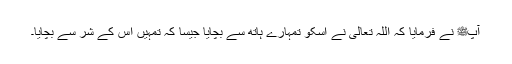
آپﷺ نے فرمایا کہ اللہ تعالیٰ نے اسکو تمہارے ہاتھ سے بچایا جیسا کہ تمہیں اس کے شر سے بچایا۔